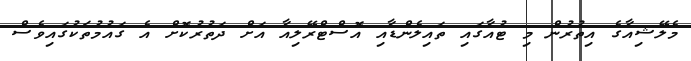
މެލޭޝިއާގެ އިތުރުން މި ޓުއާގައި ތައިލެންޑާއި އޮސްޓްރޭލިއާ އަށް ދަތުރުކޮށް އެ ގައުމުތަކުގައިވެސް